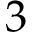
3